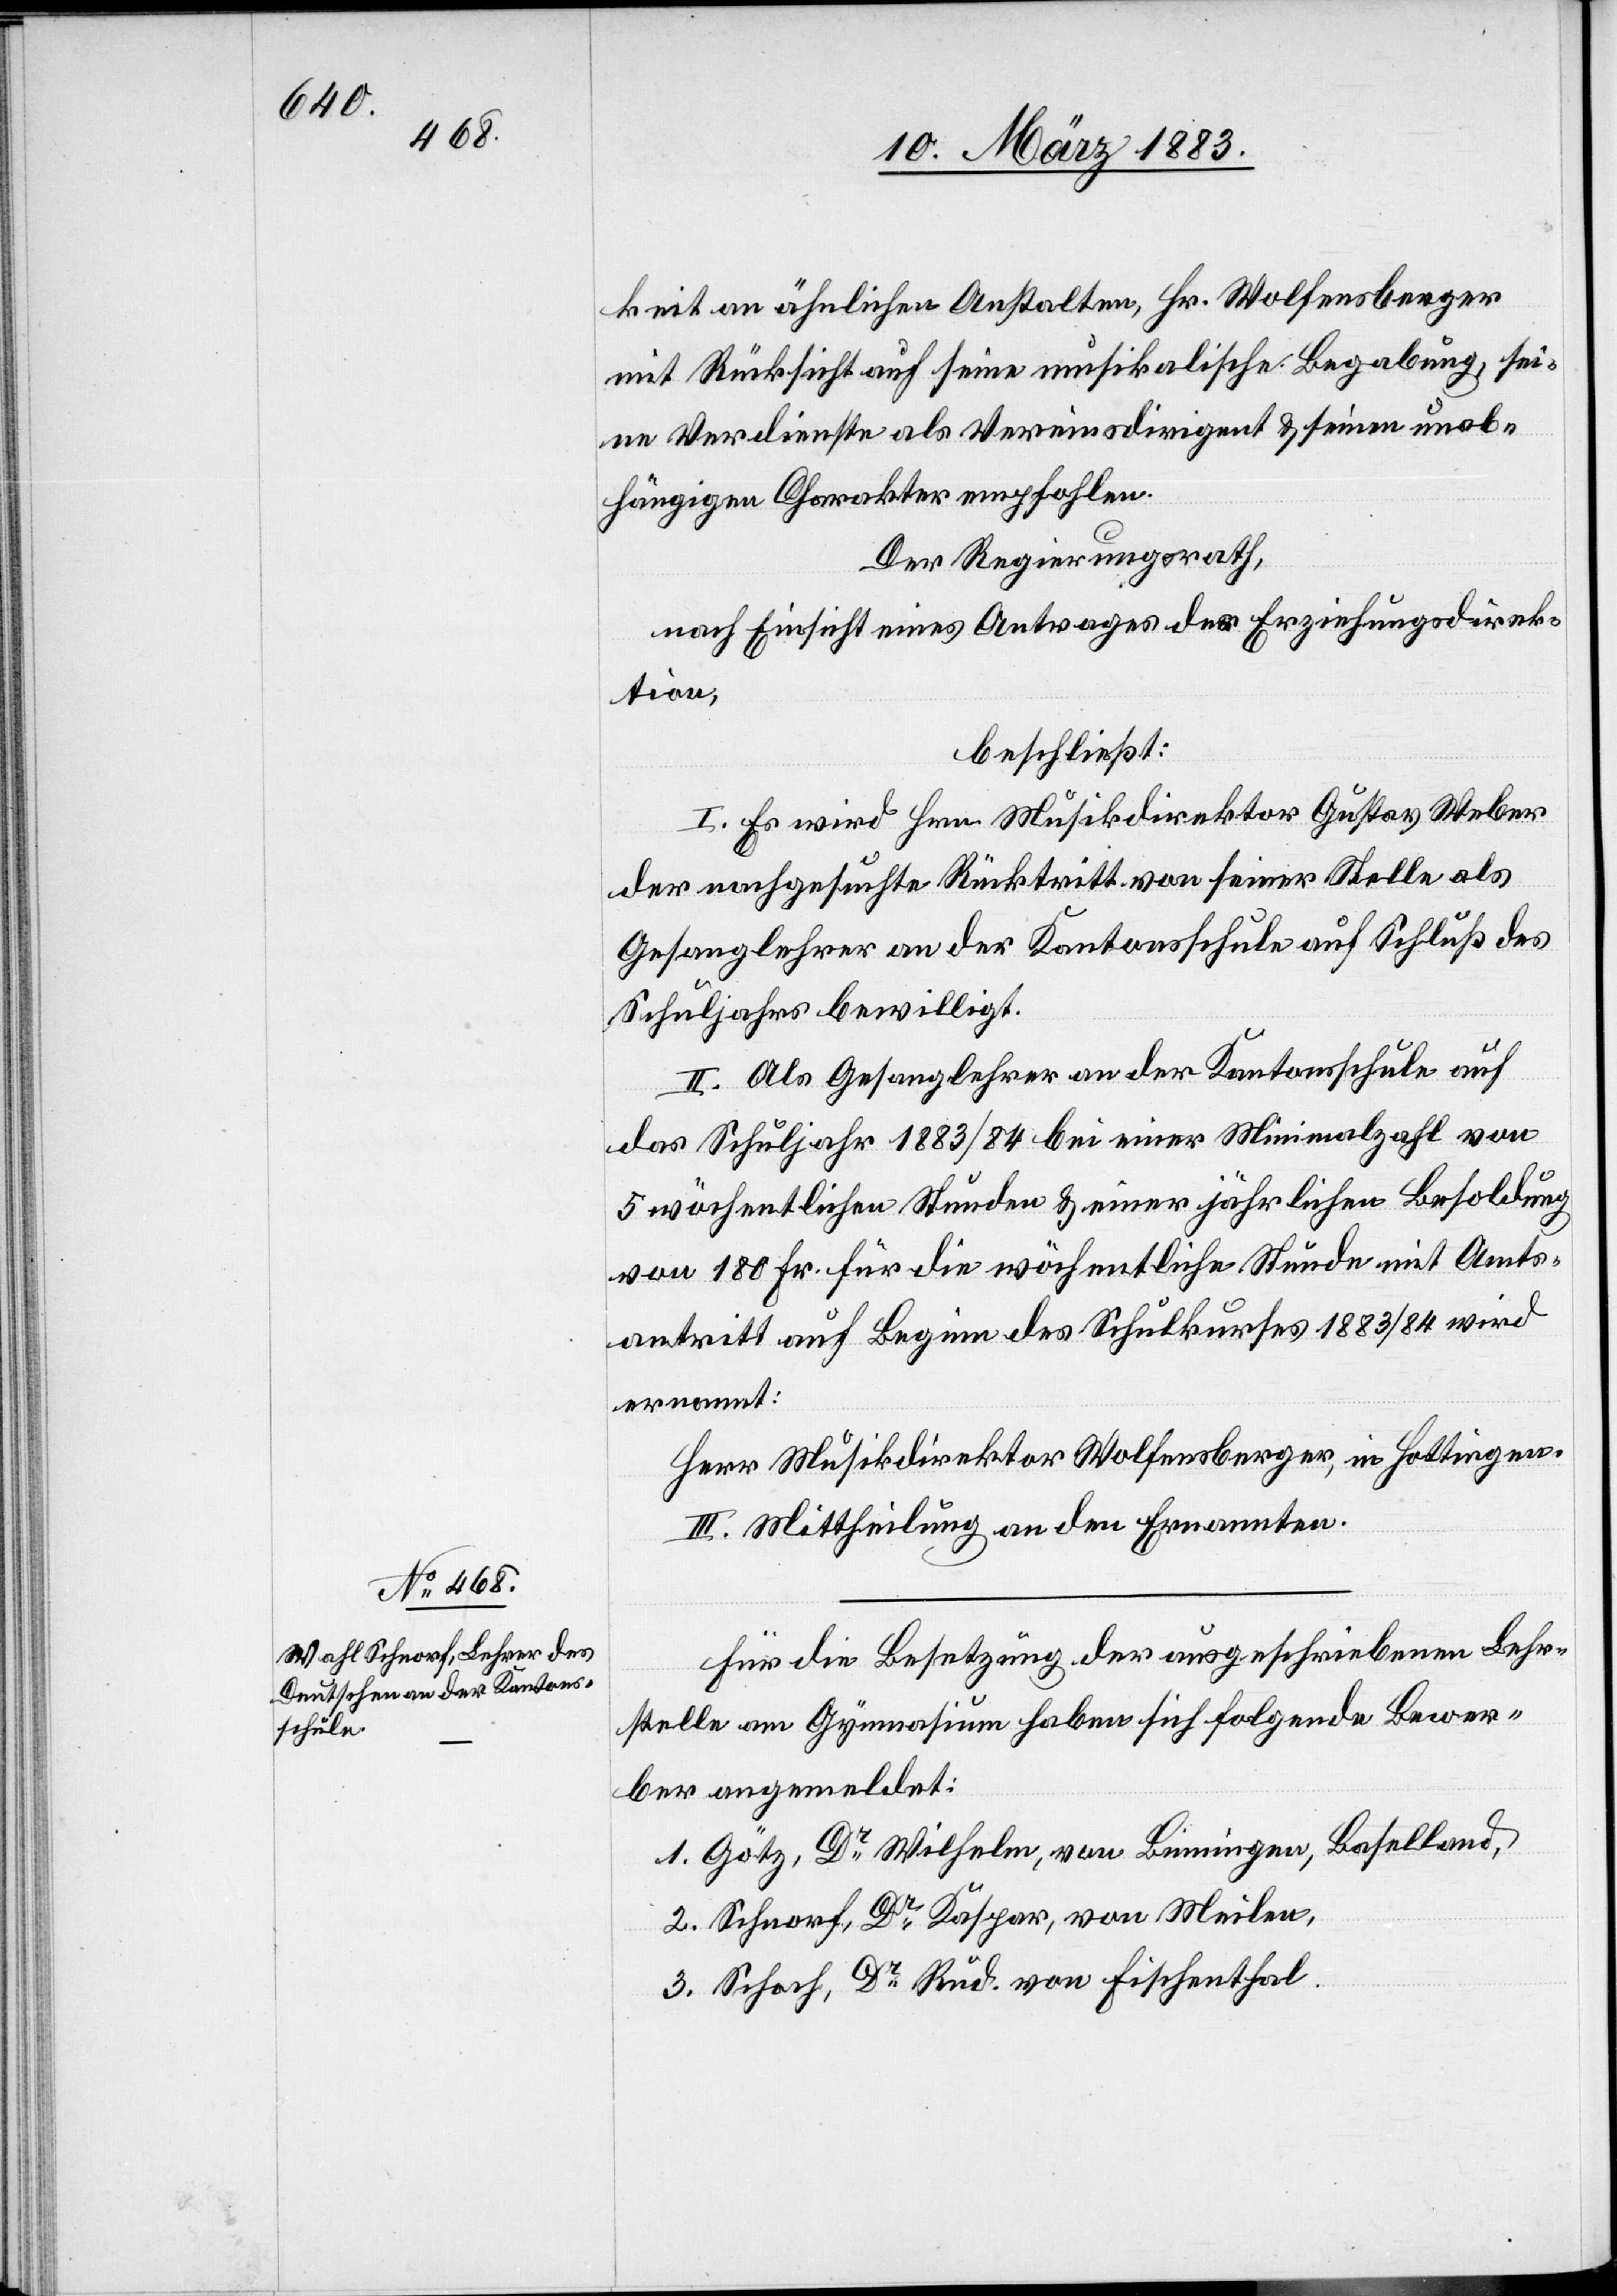
1882/83

1852.
sschule,

Kanton¬